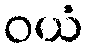
ဝယံ